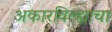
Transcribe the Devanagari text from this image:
अकारविल्ह्याचा